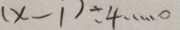
( x - 1 ) \div 4 \cdots 0